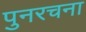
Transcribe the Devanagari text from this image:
पुनरचना